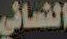
النسائي